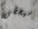
سيحظى